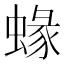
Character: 蝝